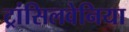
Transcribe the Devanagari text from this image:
ट्रांसिलवेनिया